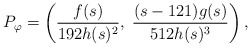
\begin{align*} P_{\varphi} = \left( \frac{f(s)}{192 h(s)^2}, \; \frac{(s-121)g(s)}{512 h(s)^3} \right),\end{align*}